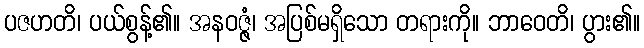
ပဇဟတိ၊ ပယ်စွန့်၏။ အနဝဇ္ဇံ၊ အပြစ်မရှိသော တရားကို။ ဘာဝေတိ၊ ပွား၏။